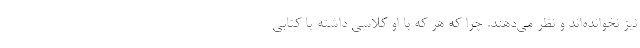
نیز نخوانده‌اند و نظر می‌دهند. چرا که هر که با او کلاسی داشته یا کتابی